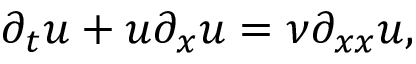
\partial _ { t } u + u \partial _ { x } u = \nu \partial _ { x x } u ,